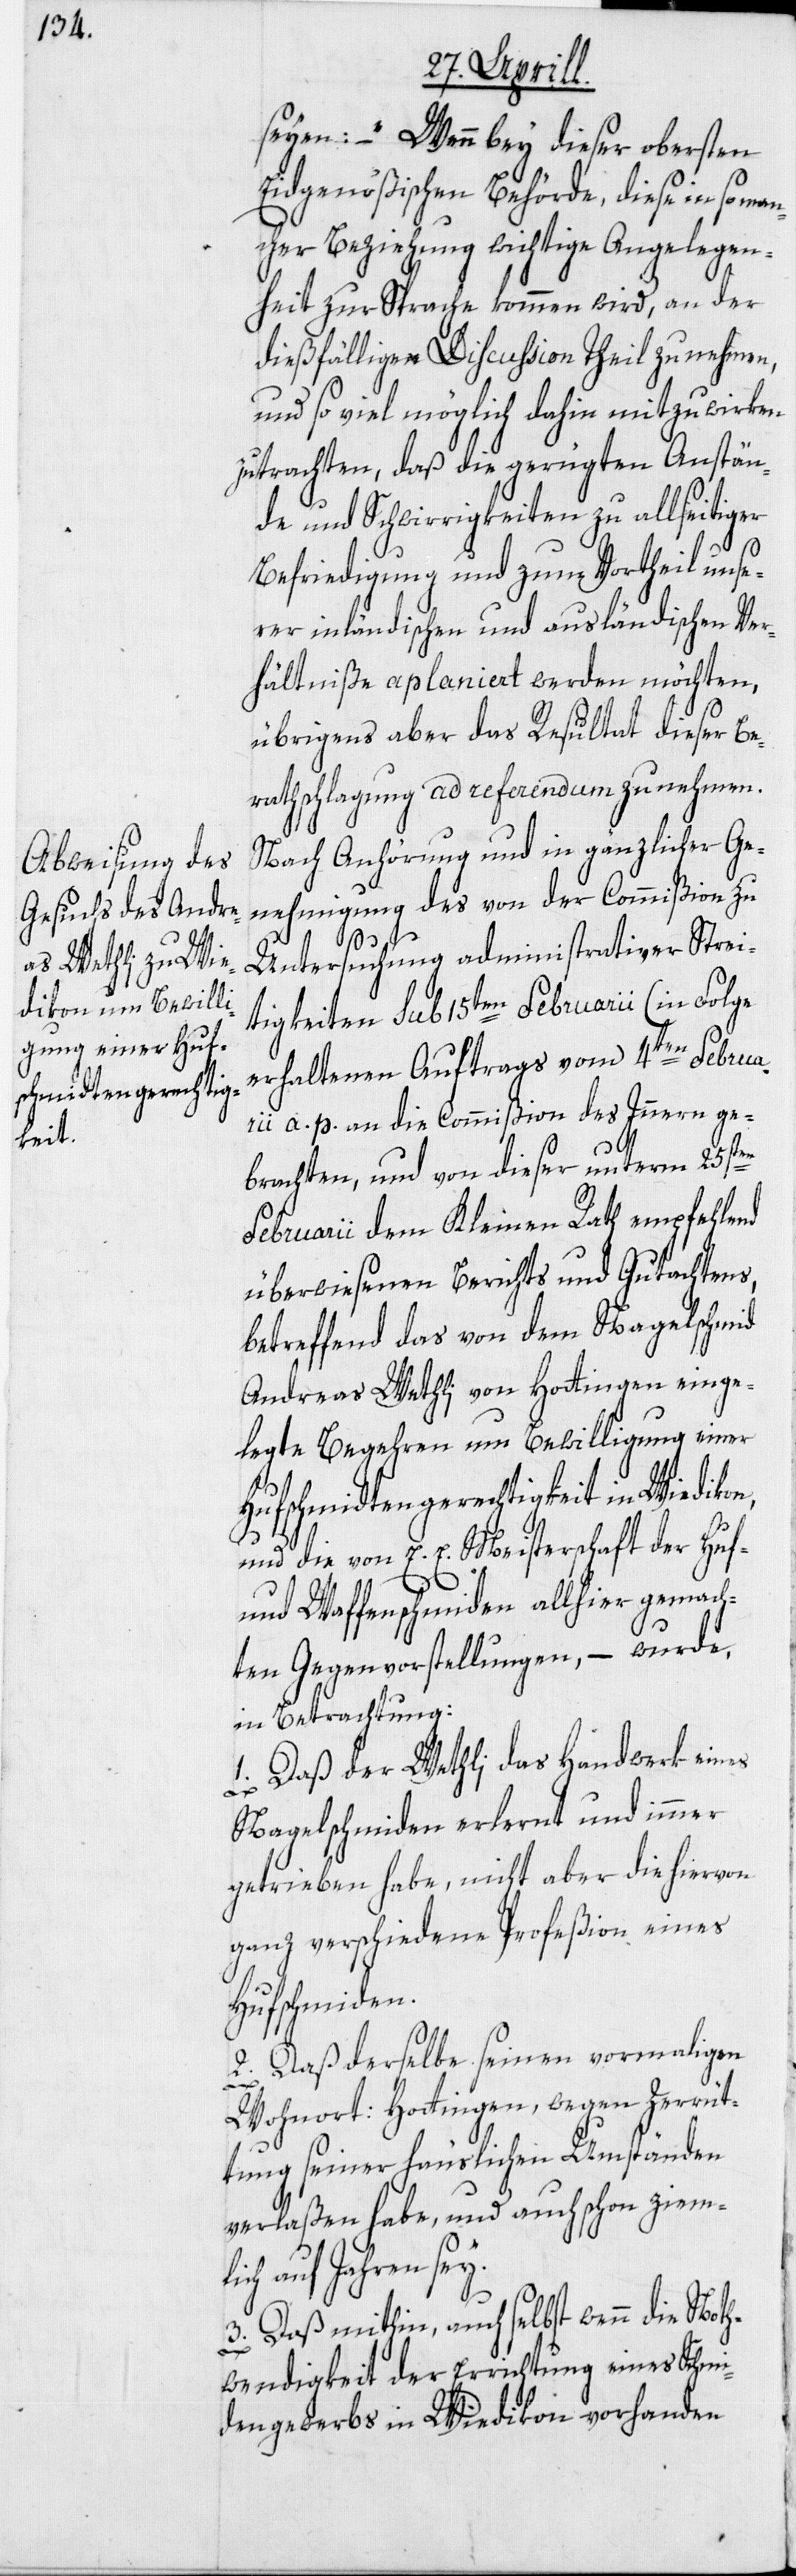
tung seiner häus¬
keiten

seyen: „Wenn bey dieser obersten
Eidgenößischen Behörde, diese in so ma¬
ncher Beziehung wichtige Angelegen¬
heit zur Sprache kommen wird, an der
dießfälligen Discussion Theil zu nehmen,
und so viel möglich dahin mitzuwirken
zu trachten, daß die gerügten Anstän¬
Befriedigung und zum Vortheil unse¬
rer inländischen und ausländischen Ver¬
hältniße aplaniert werden möchten,
übrigens aber das Resultat dieser Be¬
rathschlagung ad referendum zu nehmen.
Nach Anhörung und in gänzlicher Ge¬
nehmigung des von der Commißion zu
Untersuchung administrativer Strei¬
tigkeiten sub 15ten Februarii (in Folge
erhaltenen Auftrags vom 4ten Februar¬
a. p.[)] an die Commißion des Innern ge¬
ii
brachten, und von dieser unterm 25sten
Februarii dem Kleinen Rath empfehlend
überwiesenen Berichts und Gutachtens,
betreffend das von dem Nagelschmid
Andreas Wethli von Hottingen einge¬
legte Begehren um Bewilligung einer
Hufschmidtengerechtigkeit in Wiedikon,
und die von E. E. Meisterschaft der Huf-
und Waffenschmiden allhier gemach¬
ten Gegenvorstellungen, – wurde,
in Betrachtung:
1. Daß der Wethli das Handwerk eines
Nagelschmiden erlernt und immer
getrieben habe, nicht aber die hiervon
ganz verschiedene Profeßion eines
Hufschmiden.
2. Daß derselbe seinen vormaligen
Wohnort: Hottingen, wegen Zerrüt¬
verlaßen habe, und auch schon zieml¬
ich auf Jahren sey.
3. Daß mithin, auch selbst wenn die Noth¬
wendigkeit der Errichtung eines Schmi¬
dengewerbs in Wiedikon vorhanden